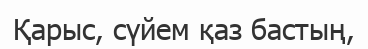
Қарыс, сүйем қаз бастың,